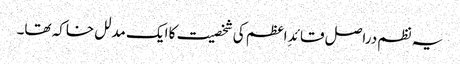
یہ نظم دراصل قائدِ اعظم کی شخصیت کا ایک مدلل خاکہ تھا۔